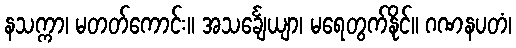
နသက္ကာ၊ မတတ်ကောင်း။ အသင်္ချေယျာ၊ မရေတွက်နိုင်။ ဂဏနပတံ၊